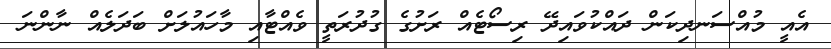
އެއީ މުއްސަނދިކަން ދައްކުވައިދޭ ރިސޯޓެއް ރަށުގެ ގުދުރަތީ ވެއްޓާއި މާހައުލަށް ބަދަލެއް ނާންނަ